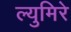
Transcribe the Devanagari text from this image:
ल्युमिरे